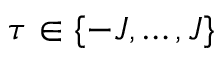
\tau \in \{ - J , \dots , J \}